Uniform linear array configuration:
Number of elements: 32
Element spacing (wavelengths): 1
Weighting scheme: kaiser
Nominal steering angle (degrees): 30
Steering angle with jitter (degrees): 31.895
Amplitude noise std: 0.05
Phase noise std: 0.05

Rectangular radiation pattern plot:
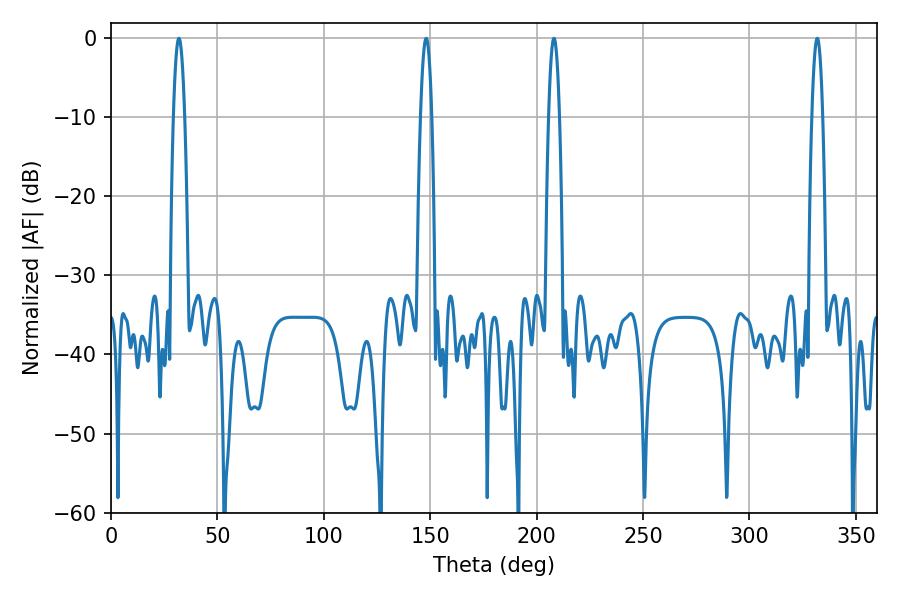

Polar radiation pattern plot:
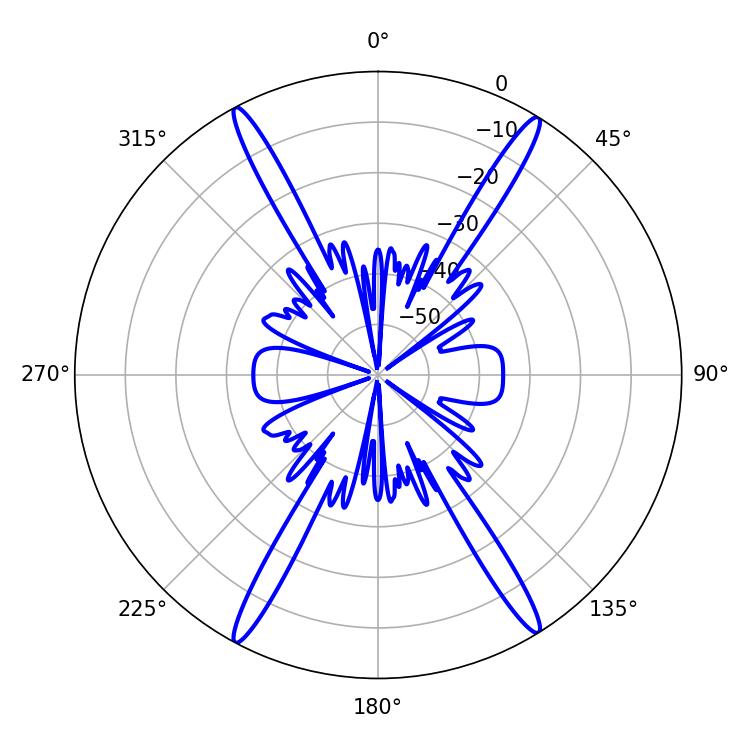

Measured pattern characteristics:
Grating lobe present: TRUE
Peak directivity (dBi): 23.83
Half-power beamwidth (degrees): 2.88
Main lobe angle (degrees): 148.14